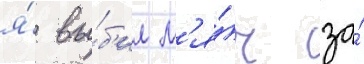
я́ вы́б'ил м'я́ч за́